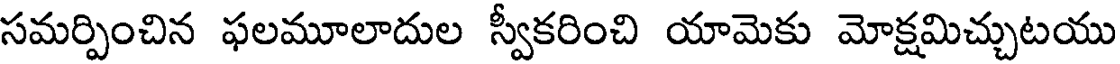
సమర్పించిన ఫలమూలాదుల స్వీకరించి యామెకు మోక్షమిచ్చుటయు